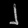
Digit: ၂